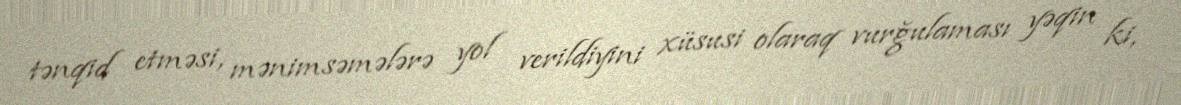
tənqid etməsi, mənimsəmələrə yol verildiyini xüsusi olaraq vurğulaması yəqin ki,